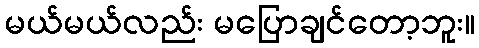
မယ်မယ်လည်း မပြောချင်တော့ဘူး။